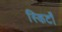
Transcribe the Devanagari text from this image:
स्किर्टों